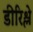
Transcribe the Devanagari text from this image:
डीरिश्ले